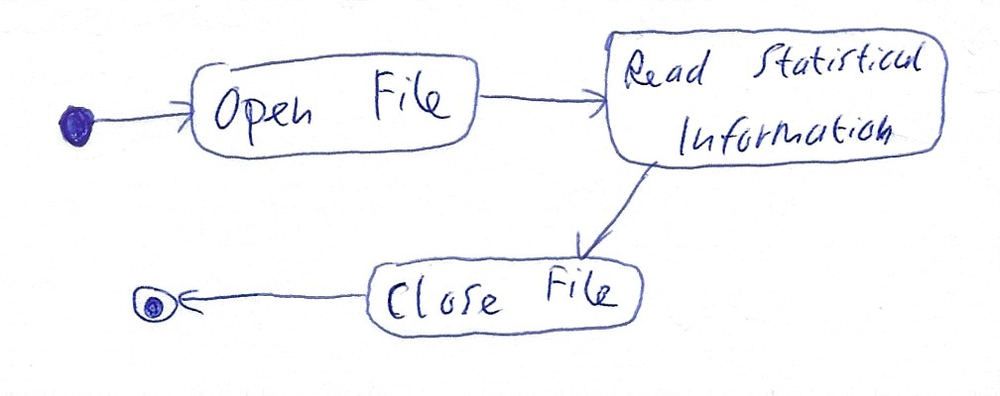
Diagram type: activity_diagram
```plantuml
@startuml

start

:Open File;

:Read Statistical Information;

:Close File;

stop

@enduml
```